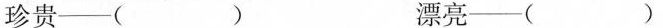
珍贵--（） 漂亮--（）